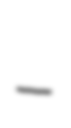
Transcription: –